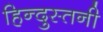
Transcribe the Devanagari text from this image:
हिन्दुस्तनी